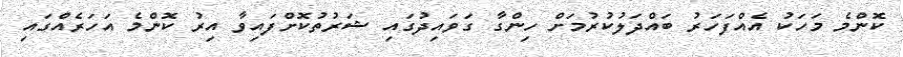
ކޮންމެ މަހަކު އެއްފަހަރު ބައްދަލުކުރުމަށް ހިންގާ ގަވައިދުގައި ޝަރުތުކޮށްފައިވާ އިރު ކޮންމެ އަހަރެއްގައި